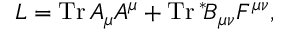
{ \cal L } = \mathrm { T r } \, { \cal A } _ { \mu } { \cal A } ^ { \mu } + \mathrm { T r } \, \mathrm { } ^ { * } \! { \cal B } _ { \mu \nu } { \cal F } ^ { \mu \nu } ,